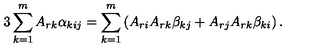
3 \sum _ { k = 1 } ^ { m } A _ { r k } \alpha _ { k i j } = \sum _ { k = 1 } ^ { m } \left( A _ { r i } A _ { r k } \beta _ { k j } + A _ { r j } A _ { r k } \beta _ { k i } \right) .